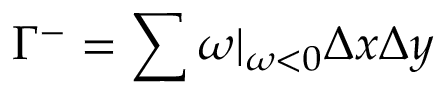
\Gamma ^ { - } = \sum \omega | _ { \omega < 0 } \Delta x \Delta y